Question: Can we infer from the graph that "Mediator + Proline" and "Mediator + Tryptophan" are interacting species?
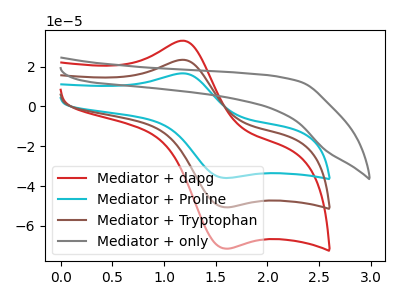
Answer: <think>The red curve "Mediator + dapg" has an anodic peak at (1.20V, 46.85uA) and a cathodic peak at (1.60V, -101.20uA). The cyan curve "Mediator + Proline" has an anodic peak at (1.20V, 16.60uA) and a cathodic peak at (1.60V, -35.90uA). The brown curve "Mediator + Tryptophan" has an anodic peak at (1.20V, 23.45uA) and a cathodic peak at (1.60V, -50.60uA). The gray curve "Mediator + only" has no peaks.
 All the peaks in "Mediator + Proline" have a peak in "Mediator + Tryptophan" at the same potential. Every peak in "Mediator + Proline" is lower than every peak in "Mediator + Tryptophan".</think>
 <answer>No, "Mediator + Proline" and "Mediator + Tryptophan" don't appear to be significantly different in shape</answer>
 <eval>no_change</eval>